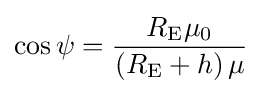
\cos \psi ={\frac {{R}_{\text{E}}{\mu }_{0}}{\left({{R}_{\text{E}}}+h\right)\mu }}